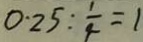
0 . 2 5 : \frac { 1 } { 4 } = 1